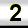
Digit: 2